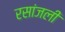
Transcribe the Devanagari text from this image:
रसांजली